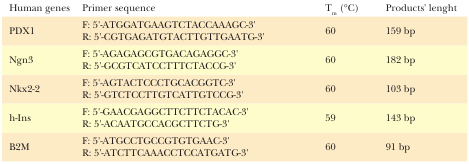
<table><thead><tr><td><b>Human genes</b></td><td><b>Primer sequence</b></td><td><b>T<sub>m</sub> (°C)</b></td><td><b>Products&#x27; lenght</b></td></tr></thead><tbody><tr><td>PDX1</td><td>F: 5&#x27;-ATGGATGAAGTCTACCAAAGC-3&#x27;R: 5&#x27;-CGTGAGATGTACTTGTTGAATG-3&#x27;</td><td>60</td><td>159 bp</td></tr><tr><td>Ngn3</td><td>F: 5&#x27;-AGAGAGCGTGACAGAGGC-3&#x27;R: 5&#x27;-GCGTCATCCTTTCTACCG-3&#x27;</td><td>60</td><td>182 bp</td></tr><tr><td>Nkx2-2</td><td>F: 5&#x27;-AGTACTCCCTGCACGGTC-3&#x27;R: 5&#x27;-GTCTCCTTGTCATTGTCCG-3&#x27;</td><td>60</td><td>103 bp</td></tr><tr><td>h-Ins</td><td>F: 5&#x27;-GAACGAGGCTTCTTCTACAC-3&#x27;R: 5&#x27;-ACAATGCCACGCTTCTG-3&#x27;</td><td>59</td><td>143 bp</td></tr><tr><td>B2M</td><td>F: 5&#x27;-ATGCCTGCCGTGTGAAC-3&#x27;R: 5&#x27;-ATCTTCAAACCTCCATGATG-3&#x27;</td><td>60</td><td>91 bp</td></tr></tbody></table>